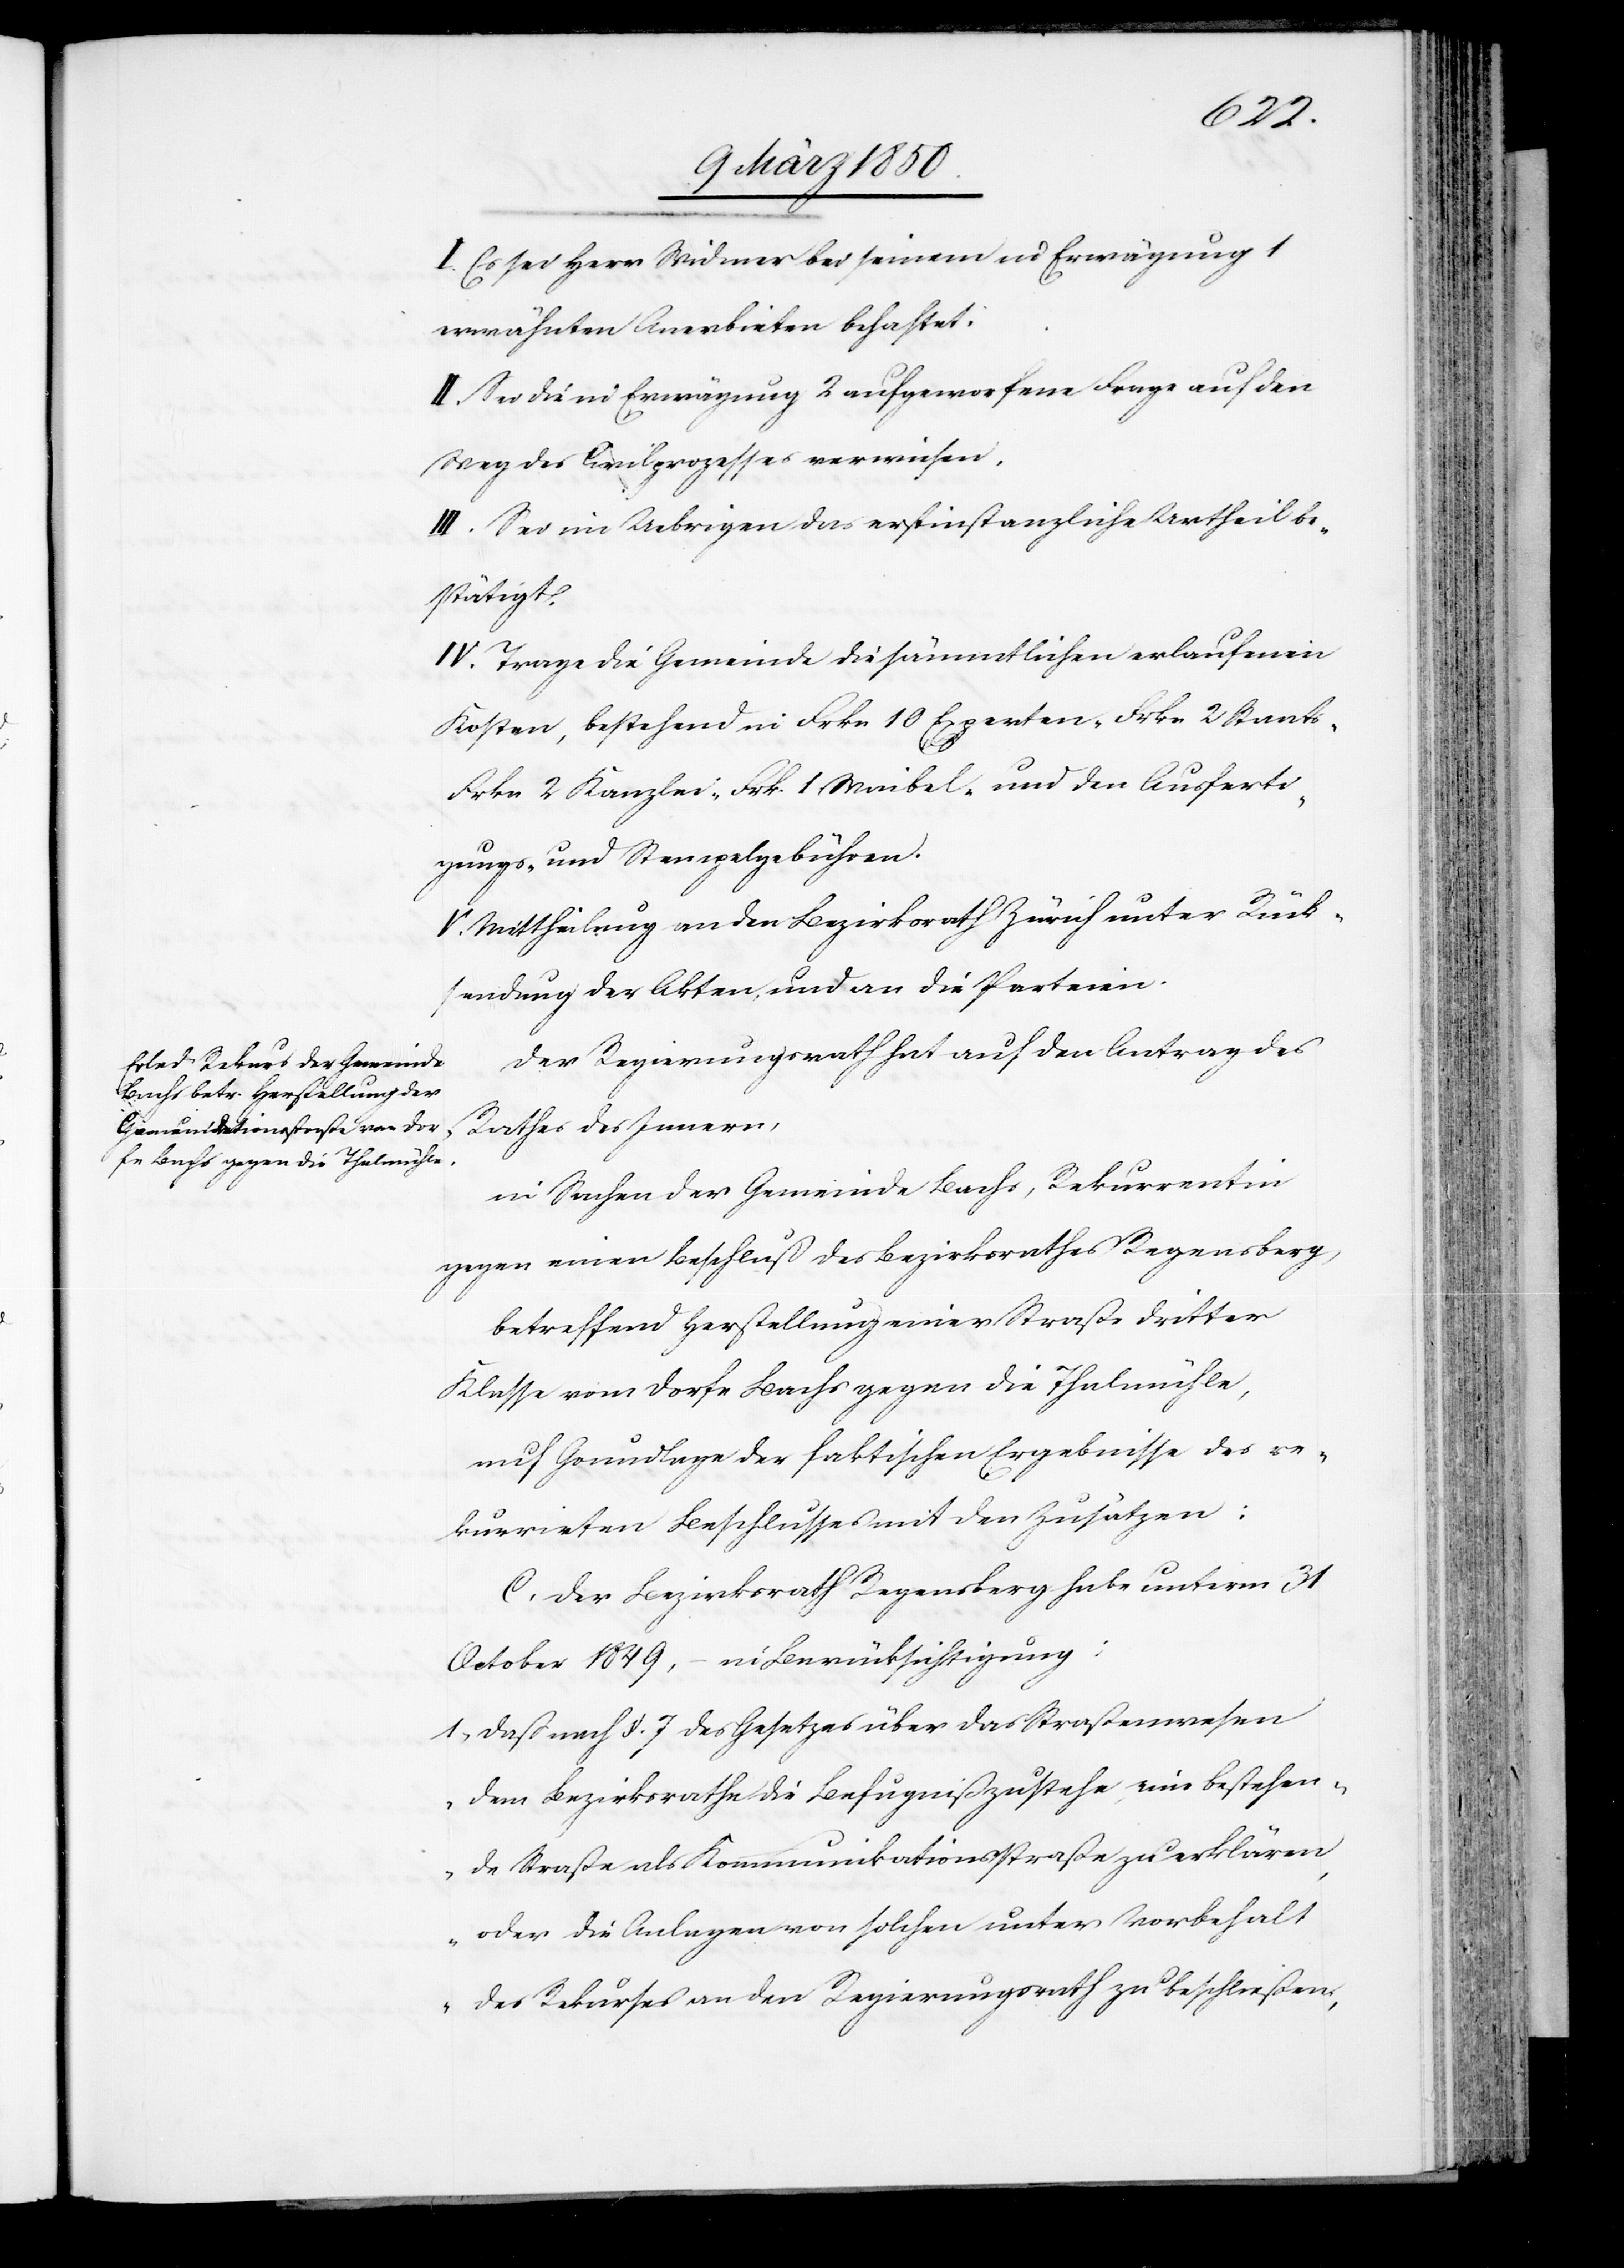
I. Es sei Herr Widmer bei seinem in Erwägung 1
erwähnten Anerbieten behaftet.
II. Sei die in Erwägung 2 aufgeworfene Frage auf den
Weg des Civilprozesses verwiesen.
III. Sei im Uebrigen das erstinstanzliche Urtheil be¬
stätigt.
IV. Trage die Gemeinde die sämmtlichen erlaufenen
Kosten, bestehend in Frkn 10 Experten-[,] Frkn 2 Staats-[,]
Frkn 2 Kanzlei-[,] Frk 1 Waibel- und den Ausferti¬
gungs- und Stempelgebühren.
V. Mittheilung an den Bezirksrath Zürich unter Rück¬
sendung der Akten, und an die Parteien.
Der Regierungsrath hat auf den Antrag des
Rathes des Innern,
in Sachen der Gemeinde Bachs, Rekurrentin
gegen einen Beschluß des Bezirksrathes Regensberg,
betreffend Herstellung einer Straße dritter
Klasse vom Dorfe Bachs gegen die Thalmühle,
auf Grundlage der faktischen Ergebnisse des re¬
kurrirten Beschlusses mit den Zusätzen:
C. Der Bezirksrath Regensberg habe unterm 31
1. Daß nach §. 7 des Gesetzes über das Straßenwesen
„Dem Bezirksrathe die Befugniß zustehe, eine bestehen¬
de Straße als Kommunikationsstraße zu erklären,
oder die Anlagen von solchen unter Vorbehalt
des Rekurses an den Regierungsrath zu beschließen,